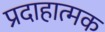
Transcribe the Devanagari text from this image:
प्रदाहात्मक